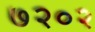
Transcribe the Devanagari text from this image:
७२०२